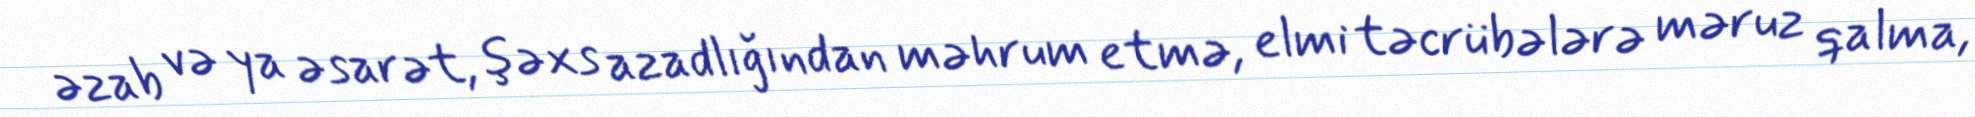
əzab və ya əsarət, şəxs azadlığından məhrum etmə, elmi təcrübələrə məruz qalma,